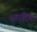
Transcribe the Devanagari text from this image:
स्तातिस